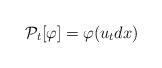
LaTeX: \begin{align*}\mathcal P_t[\varphi] = \varphi(u_t dx)\end{align*}